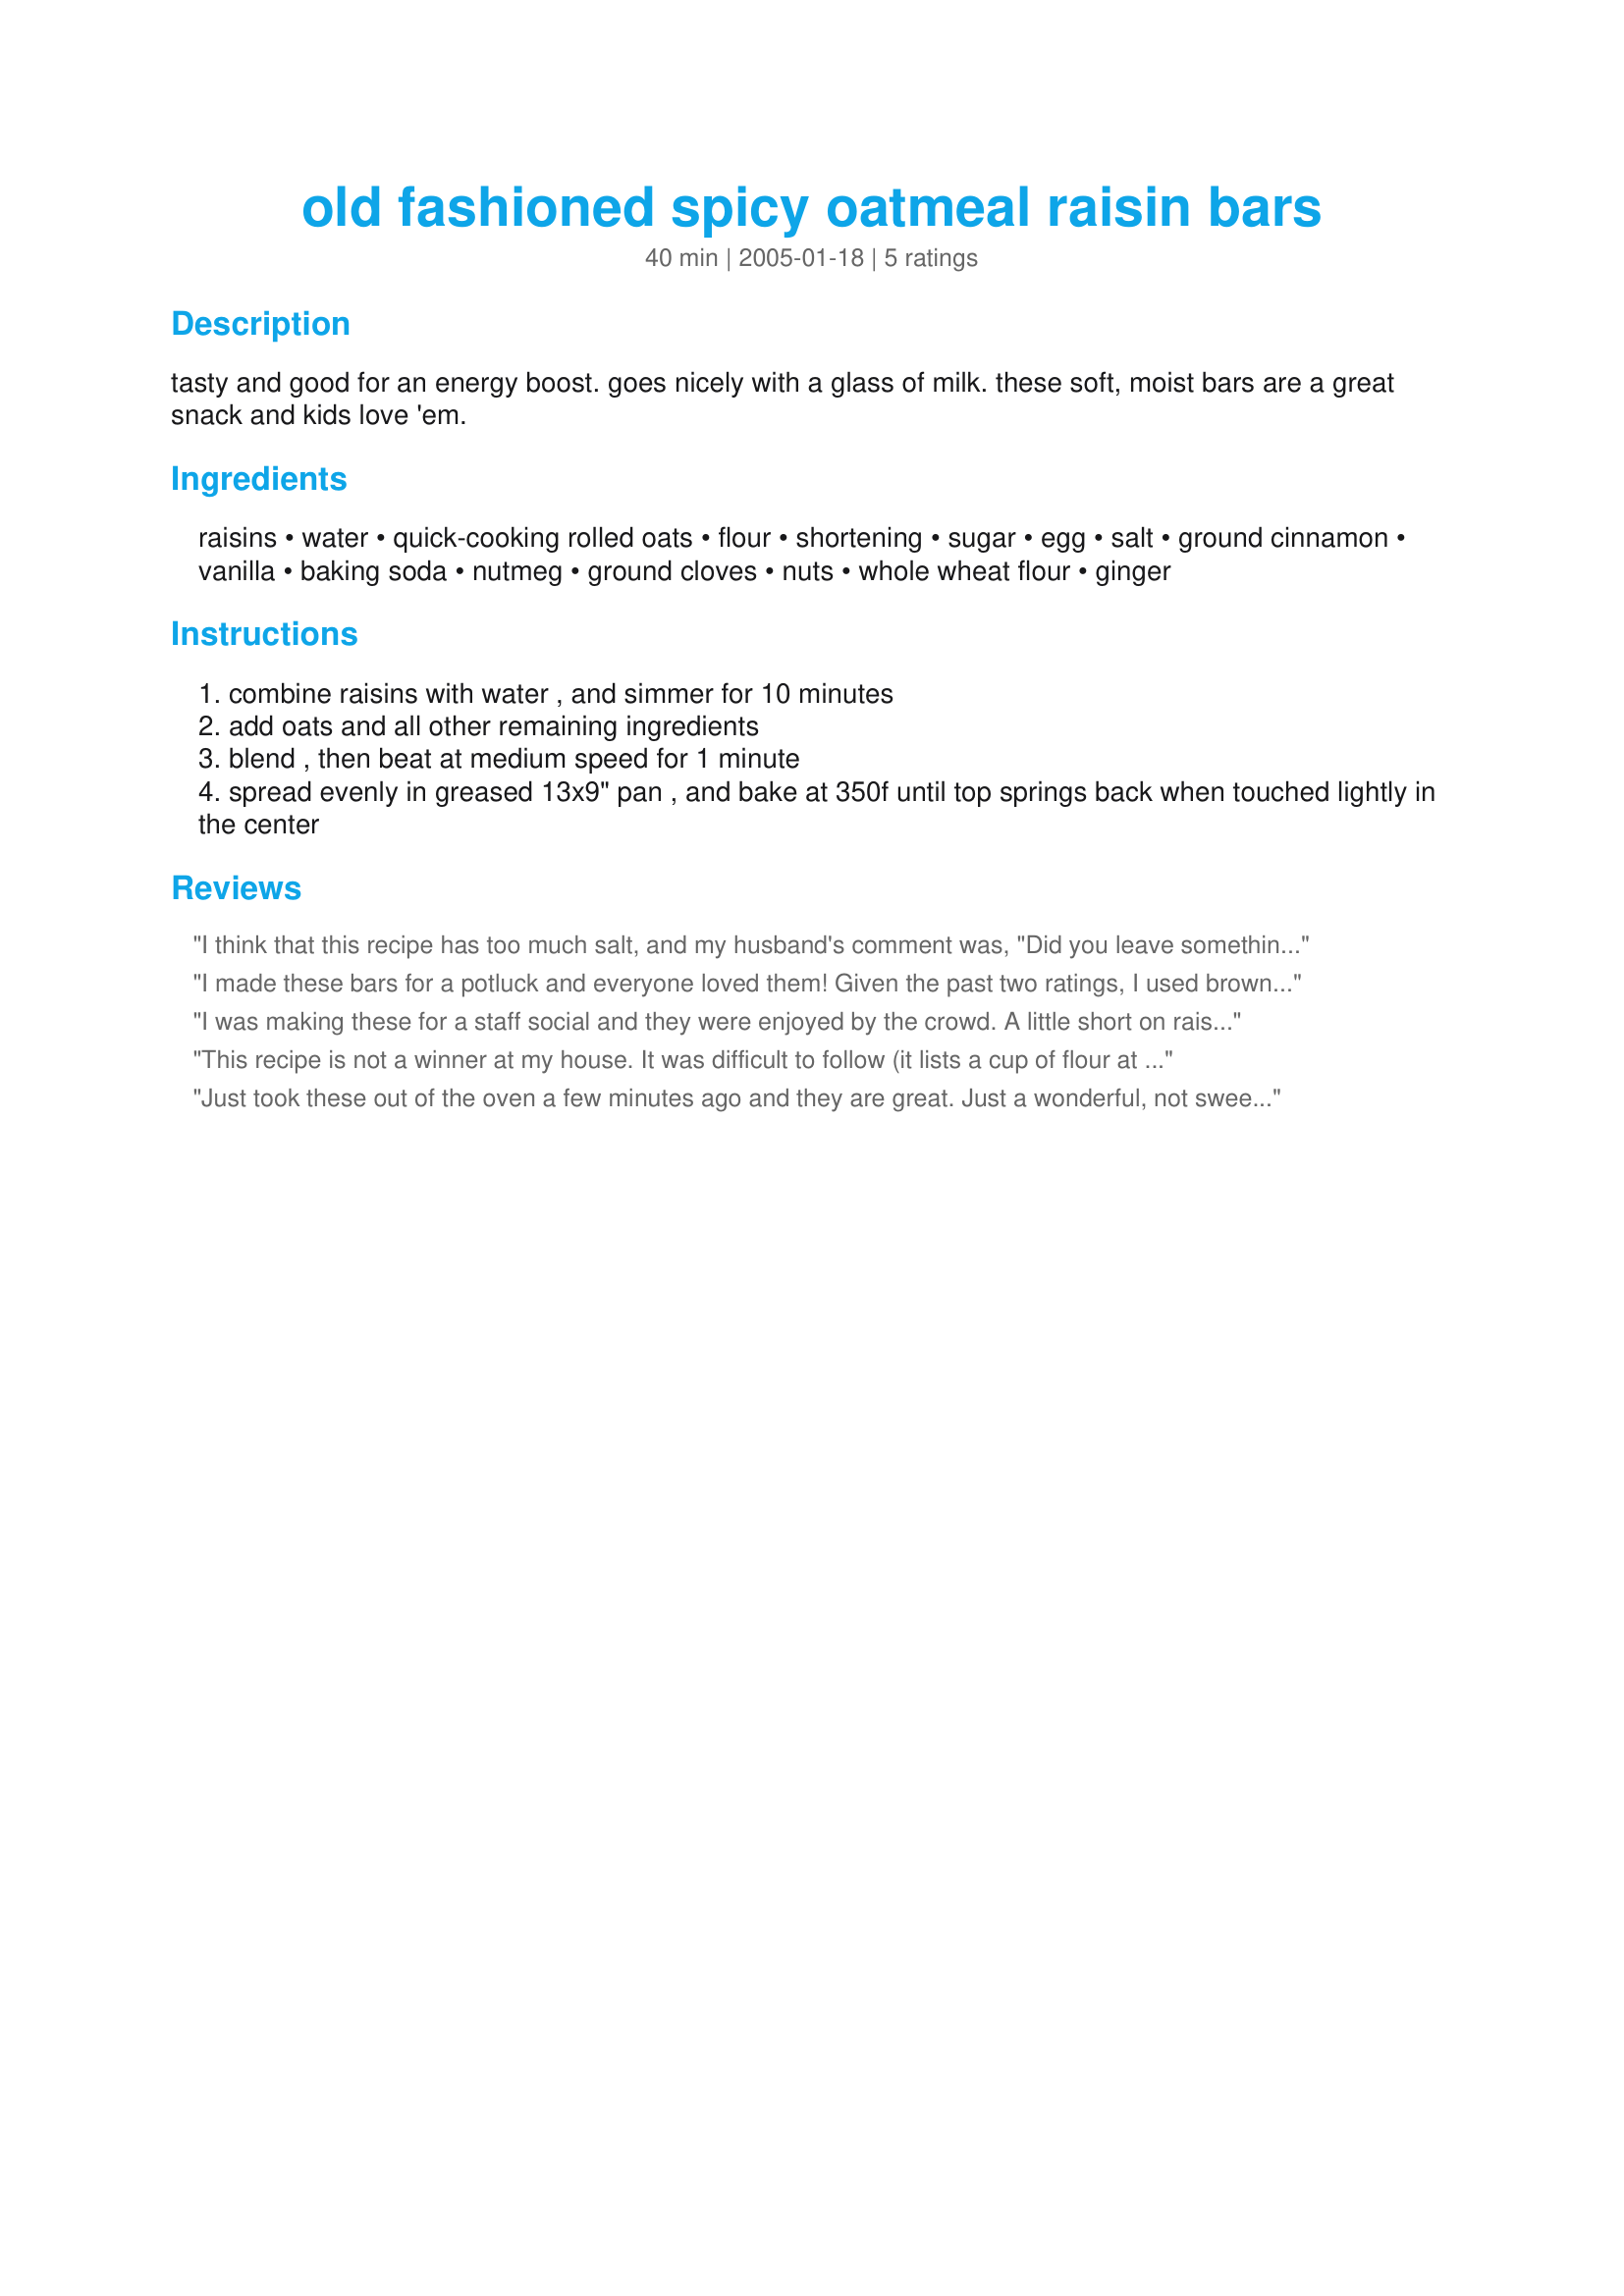
old fashioned spicy oatmeal raisin bars
Preparation time: 40 minutes

tasty and good for an energy boost. goes nicely with a glass of milk. these soft, moist bars are a great snack and kids love 'em.

Ingredients:
raisins, water, quick-cooking rolled oats, flour, shortening, sugar, egg, salt, ground cinnamon, vanilla, baking soda, nutmeg, ground cloves, nuts, whole wheat flour, ginger

Steps:
combine raisins with water , and simmer for 10 minutes
add oats and all other remaining ingredients
blend , then beat at medium speed for 1 minute
spread evenly in greased 13x9" pan , and bake at 350f until top springs back when touched lightly in the center

Reviews:
I think that this recipe has too much salt, and my husband's comment was, "Did you leave something out?" I didn't, but they sure taste like something is missing. I would not recommend this recipe at all.
I made these bars for a potluck and everyone loved them! Given the past two ratings, I used brown sugar instead of white and added a half teaspoon of cinnamon. Regular rolled oats can be used. I added oats and a small amout of water (just to wet) to the raisins after simmering and let it stand to absorb the water. When the bars were finished cooling, I drizzled a simple icing made with confectioner's sugar, milk and lemon juice on top. Very tasty :)
I was making these for a staff social and they were enjoyed by the crowd. A little short on raisins I supplemented with an assortment of finely diced dried fruit - peaches, pears and apricots. I loved the subtle spicyness of the dough and thought the amounts of fruits and nuts (in my case pecans) was just right. I would reduce the cooking time in the future as at 20 mintes the cookies were much drier than I would have expected or I think was intended. Thanks.
This recipe is not a winner at my house. It was difficult to follow (it lists a cup of flour at the top and then another 1/2 cup at the bottom). The ingredients are listed in an odd manner - make sure and cream the sugar, butter, vanilla, and spices before adding the flour, raisins, and oatmeal or it will be too clumpy to mix. I had to add another egg to make it moist enough to spread into the pan. The bars came out rather dry. I won't make them again.
Just took these out of the oven a few minutes ago and they are great. Just a wonderful, not sweet, treat. I think they would be awfully good with ice cream. By the way, the house smells awfully good. Thanks for posting.
